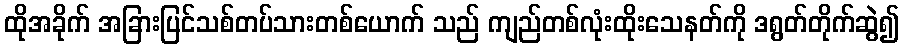
ထိုအခိုက် အခြားပြင်သစ်တပ်သားတစ်ယောက် သည် ကျည်တစ်လုံးထိုးသေနတ်ကို ဒရွတ်တိုက်ဆွဲ၍